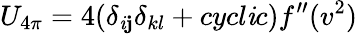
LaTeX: U_{4\pi}=4(\delta_{\mathit{i}\mathbf{j}}\delta_{kl}+cycl\mathit{i}c)f^{\prime\prime}(v^{2})